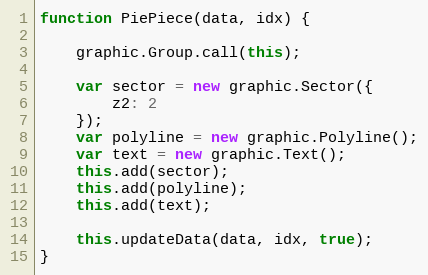
Language: JavaScript
function PiePiece(data, idx) {

    graphic.Group.call(this);

    var sector = new graphic.Sector({
        z2: 2
    });
    var polyline = new graphic.Polyline();
    var text = new graphic.Text();
    this.add(sector);
    this.add(polyline);
    this.add(text);

    this.updateData(data, idx, true);
}